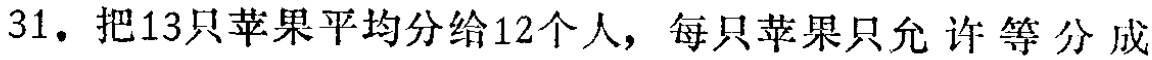
31. 把13只苹果平均分给12个人，每只苹果只允许等分成